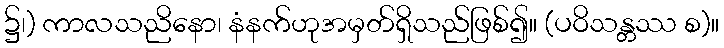
၌၊) ကာလသညိနော၊ နံနက်ဟုအမှတ်ရှိသည်ဖြစ်၍။ (ပဝိသန္တဿ စ)။